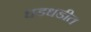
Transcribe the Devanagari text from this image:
धडधडीत